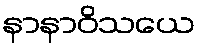
နာနာဝိသယေ